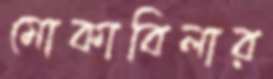
মোকাবিলার